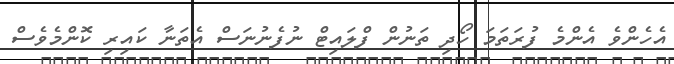
އެހެންވެ އެންމެ ފުރަތަމަ ހޯދި ތަނުން ފްލައިޓް ނުފެނުނަސް އެތަނާ ކައިރި ކޮންމެވެސް